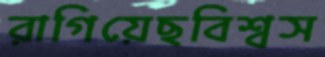
রাগিয়েছবিশ্বস